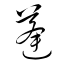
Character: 蓬